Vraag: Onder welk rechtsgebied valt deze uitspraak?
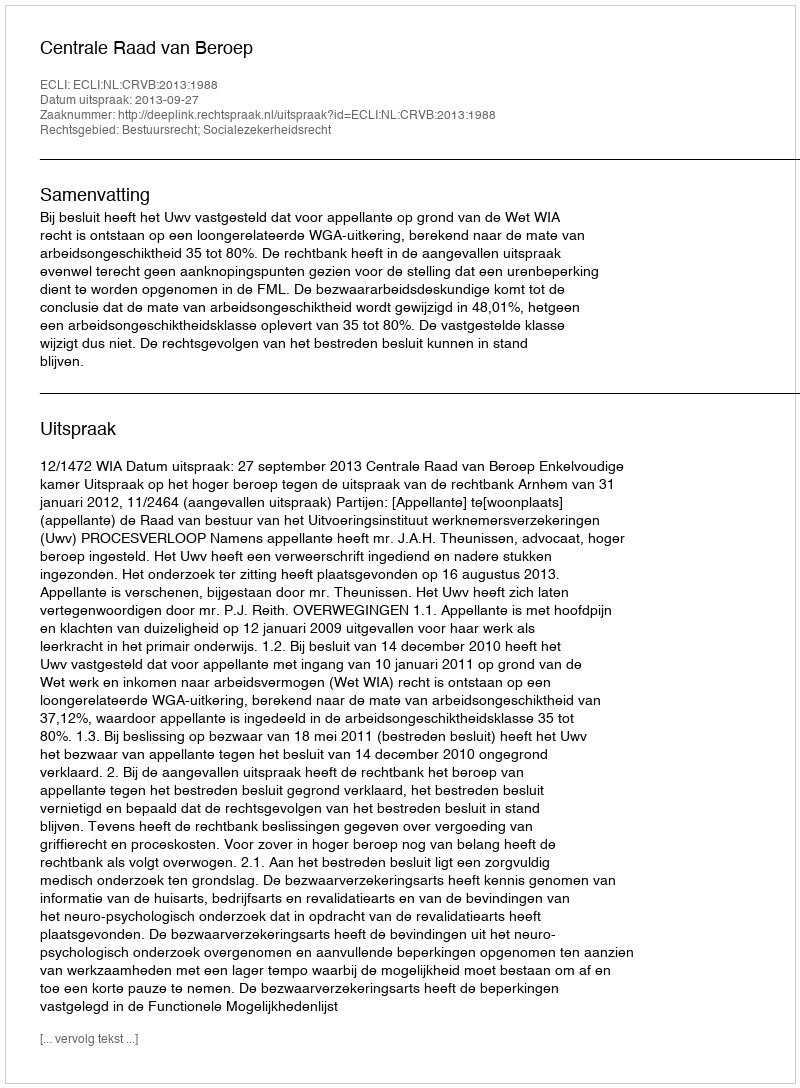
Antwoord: Bestuursrecht; Socialezekerheidsrecht